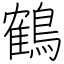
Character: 鶴